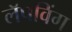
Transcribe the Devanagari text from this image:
लॅपविंग